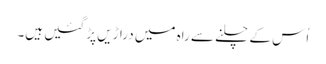
اُس کے چلنے سے راہ میں دراڑیں پڑ گئیں ہیں۔